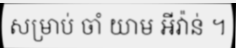
សម្រាប់ ចាំ យាម អីវ៉ាន់ ។